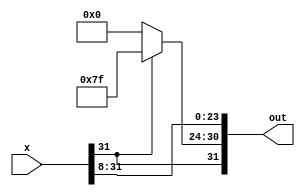
module right_shifter_8(x, out);
    input [31:0] x;
    output [31:0] out;

    assign out[23:0] = x[31:8];
    assign out[30:24] = x[31] ? 7'b1111111 : 7'b0;
    assign out[31] = x[31];
    
endmodule